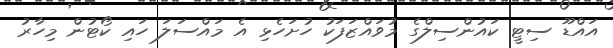
އައްޑޫ ސިޓީ ކައުންސިލްގެ މުވައްޒަފަކު ހުށަހެޅި އެ މައްސަލަ ހައި ކޯޓުން މިހާރު